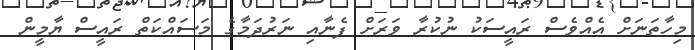
މިހާތަނަށް އެއްވެސް ރައީސަކު ނުކުރާ ވަރަށް ފެނާއި ނަރުދަމާގެ މަސައްކަތް ރައީސް ޔާމީން